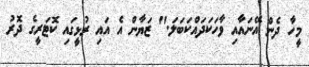
މީހާ ދެން އޭނައާއި ވާހަކަދައްކަބަލަ." ޒަޔާން އެ އައި ރުޅީގައި ކޮޓަރީގެ ދޮރު